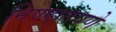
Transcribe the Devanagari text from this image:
निष्णातपणे